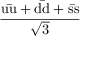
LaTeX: \frac { \mathrm { u { \bar { u } } + d { \bar { d } } + s { \bar { s } } } } { \sqrt { 3 } }